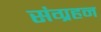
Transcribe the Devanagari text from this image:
संग्रहन